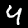
Digit: 4